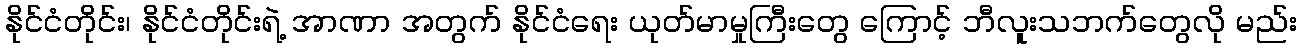
နိုင်ငံတိုင်း၊ နိုင်ငံတိုင်းရဲ့ အာဏာ အတွက် နိုင်ငံရေး ယုတ်မာမှုကြီးတွေ ကြောင့် ဘီလူးသဘက်တွေလို မည်း